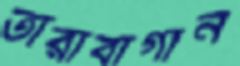
তারাবাগান